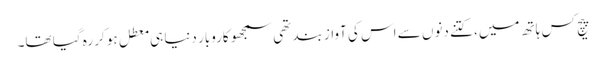
پیچ کس ہاتھ میں، کتنے دنوں سے اس کی آواز بند تھی سمجھو کاروبار دنیا ہی معطل ہو کر رہ گیا تھا۔